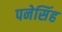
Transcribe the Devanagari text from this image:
पनेसिंह